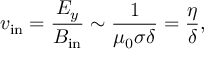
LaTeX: v _ { \mathrm { i n } } = { \frac { E _ { y } } { B _ { \mathrm { i n } } } } \sim { \frac { 1 } { \mu _ { 0 } \sigma \delta } } = { \frac { \eta } { \delta } } ,